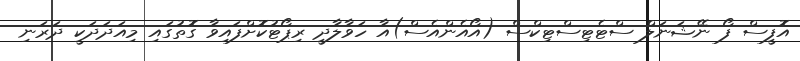
އޮފީސް ފޯ ނޭޝަނަލް ސްޓެޓިސްޓިކްސް (އޯއެންއެސް)އާ ހަވާލާދީ ރިޕޯޓުކޮށްފައިވާ ގޮތުގައި މިއަދަދަކީ ދަރަނި